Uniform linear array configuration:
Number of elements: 48
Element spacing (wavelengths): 0.75
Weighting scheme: hamming
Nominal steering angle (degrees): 30
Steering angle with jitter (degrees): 31.908
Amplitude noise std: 0.05
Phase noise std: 0.05

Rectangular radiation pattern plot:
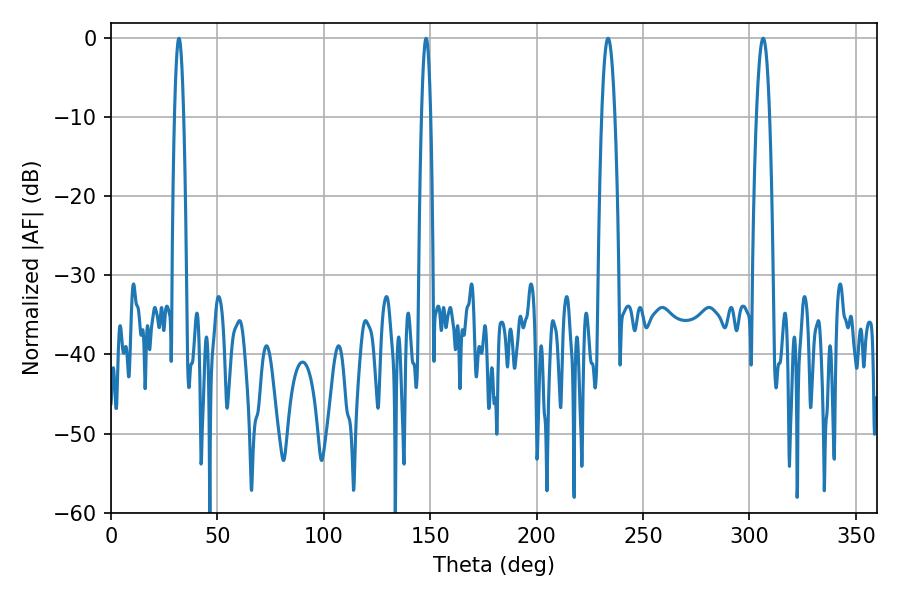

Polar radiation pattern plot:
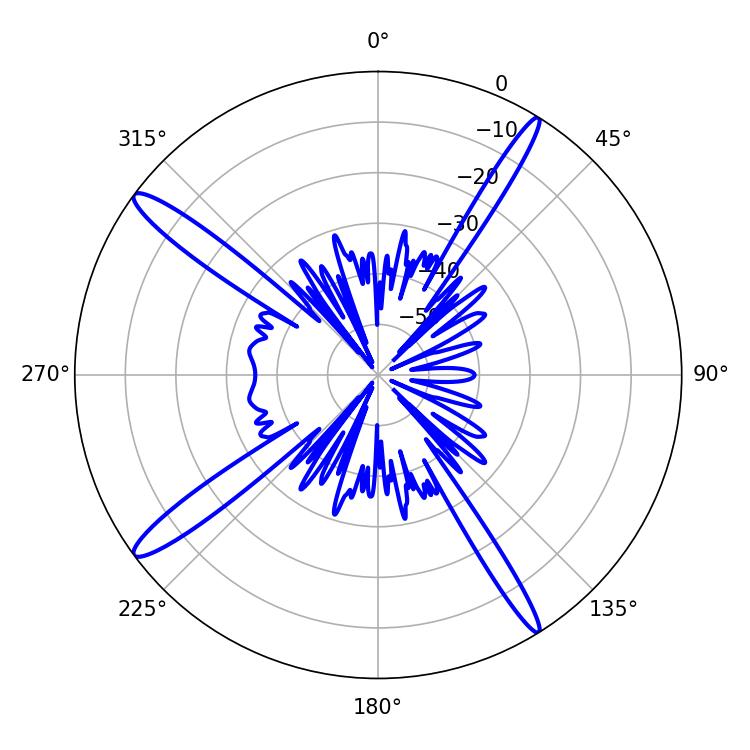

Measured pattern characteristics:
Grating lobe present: TRUE
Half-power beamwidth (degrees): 3.42
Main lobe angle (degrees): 306.36